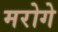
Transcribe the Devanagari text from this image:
मरोगे